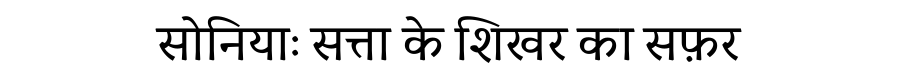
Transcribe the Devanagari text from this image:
सोनियाः सत्ता के शिखर का सफ़र